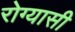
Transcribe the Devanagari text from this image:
रोग्यासी